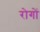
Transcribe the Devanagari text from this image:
रोगाें